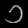
Digit: ၁